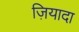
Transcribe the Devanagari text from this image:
ज़ियादा